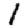
Digit: 1